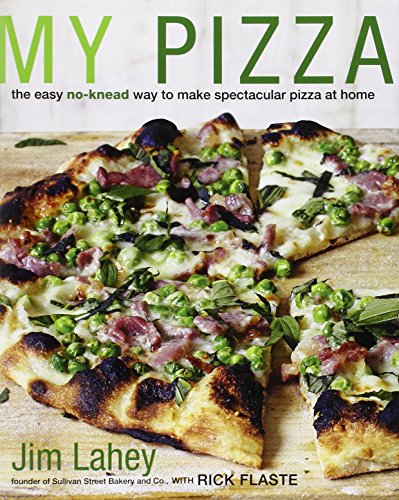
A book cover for My Pizza: The Easy No-Knead Way to Make Spectacular Pizza at Home; Jim Lahey; Cookbooks, Food & Wine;